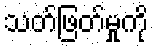
သတ်ဖြတ်မှုကို